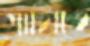
গাথিতে